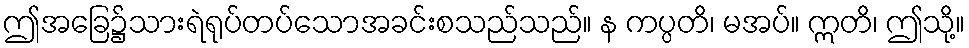
ဤအခြေ၌သားရဲရုပ်တပ်သောအခင်းစသည်သည်။ န ကပ္ပတိ၊ မအပ်။ ဣတိ၊ ဤသို့။